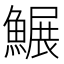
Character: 䱼